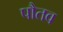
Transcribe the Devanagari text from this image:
पौतव